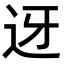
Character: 迓